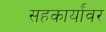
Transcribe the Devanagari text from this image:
सहकार्यांवर